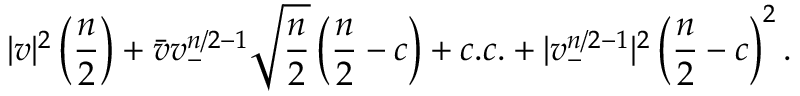
| v | ^ { 2 } \left( { \frac { n } { 2 } } \right) + \bar { v } v _ { - } ^ { n / 2 - 1 } \sqrt { { \frac { n } { 2 } } } \left( { \frac { n } { 2 } } - c \right) + c . c . + | v _ { - } ^ { n / 2 - 1 } | ^ { 2 } \left( { \frac { n } { 2 } } - c \right) ^ { 2 } .